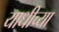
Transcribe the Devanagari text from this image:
याधीच्या